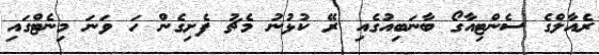
ރެއާލްގެ ސެންޓިއާގޯ ބާނަބިއުގެއި ރޭ ކުޅުނު މެޗު ފެށިގެން ހަ ވަނަ މިނެޓްގައި